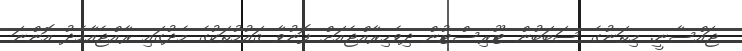
ޖައްސާނީ. މިތަނުގެ ސަބަބުން ޓޫރިސްޓުން ދިވެހިރާއްޖެއަށް ފޮނުވާ ޤައުމުތަކުގެ މެދުގައި ރާއްޖެއާމެދު އޮންނަ